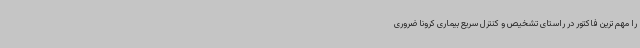
را مهم ترین فاکتور در راستای تشخیص و کنترل سریع بیماری کرونا ضروری